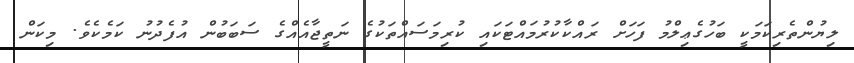
ލިޔުންތެރިކަމަކީ ބަހުގެޢިލްމު ފަހަށް ރައްކާކުރުމައްޓަކައި ކުރިމަސައްތަކުގެ ނަތީޖާއެއްގެ ސަބަބުން އުފެދުނު ކަމެކެވެ. މިކަން